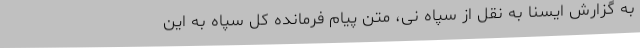
به گزارش ایسنا به نقل از سپاه نی، متن پیام فرمانده کل سپاه به این